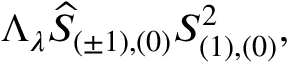
\Lambda _ { \lambda } \widehat { S } _ { ( \pm 1 ) , ( 0 ) } S _ { ( 1 ) , ( 0 ) } ^ { 2 } ,